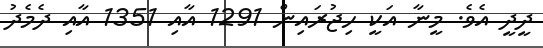
ދީދީ އެވެ. މީނާ އަކީ ހިޖުރައިން 1291 އާއި 1351 އާއި ދެމެދު